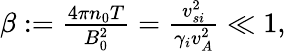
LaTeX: \begin{array}{r}{\beta:=\frac{4\pi n_{0}T}{B_{0}^{2}}=\frac{v_{si}^{2}}{\gamma_{i}v_{A}^{2}}\ll 1,}\end{array}